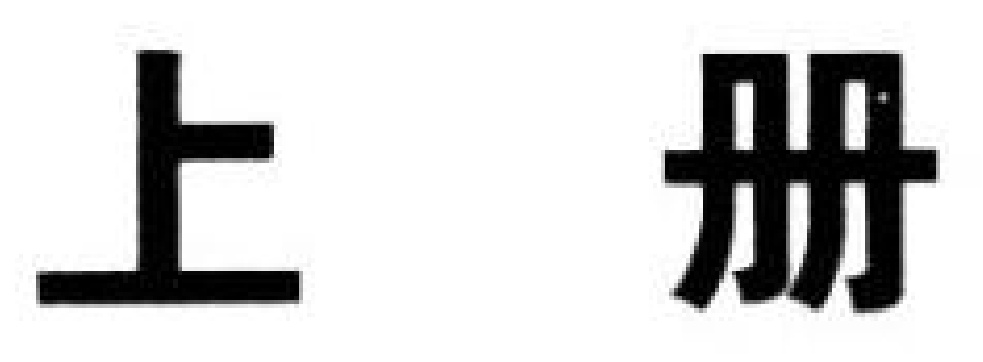
上 册